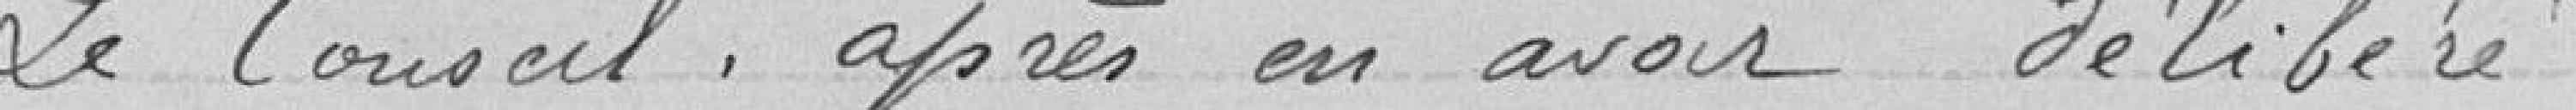
Le Conseil, après en avoir délibéré,